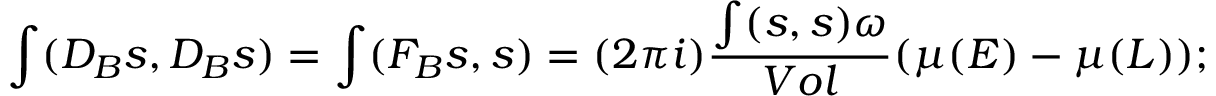
\int ( D _ { B } s , D _ { B } s ) = \int ( F _ { B } s , s ) = ( 2 \pi i ) \frac { \int ( s , s ) \omega } { V o l } ( \mu ( E ) - \mu ( L ) ) ;